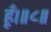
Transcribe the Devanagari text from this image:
हूँ।॥८॥